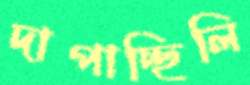
দাপাচ্ছিলি